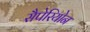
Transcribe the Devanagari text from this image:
सैपेरियोन